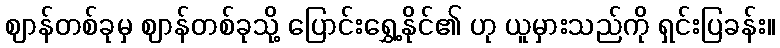
ဈာန်တစ်ခုမှ ဈာန်တစ်ခုသို့ ပြောင်းရွှေ့နိုင်၏ ဟု ယူမှားသည်ကို ရှင်းပြခန်း။